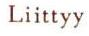
Liittyy